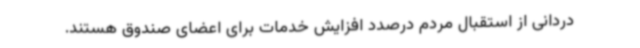
دردانی از استقبال مردم درصدد افزایش خدمات برای اعضای صندوق هستند.